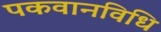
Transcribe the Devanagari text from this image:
पकवानविधि